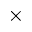
\times